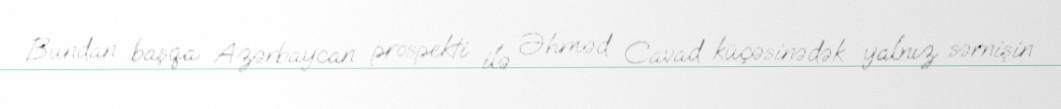
Bundan başqa Azərbaycan prospekti ilə Əhməd Cavad küçəsinədək yalnız sərnişin